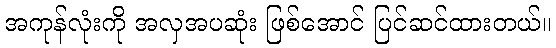
အကုန်လုံးကို အလှအပဆုံး ဖြစ်အောင် ပြင်ဆင်ထားတယ်။